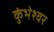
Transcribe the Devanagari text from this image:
कुंभेश्वर